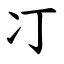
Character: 㓅